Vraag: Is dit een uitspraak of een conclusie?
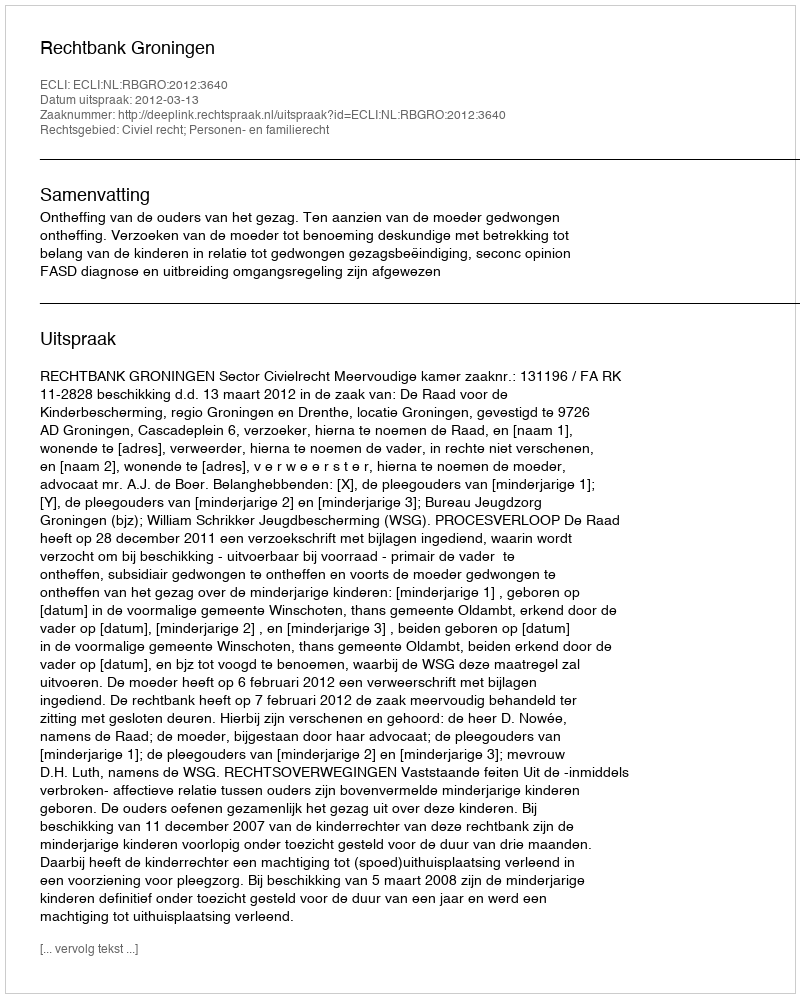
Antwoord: Uitspraak